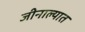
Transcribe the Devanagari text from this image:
जीनाल्यात